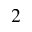
^ 2